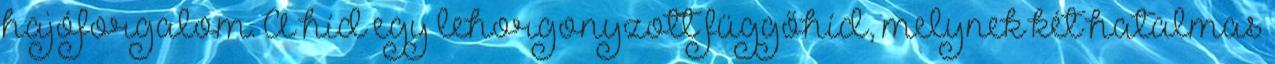
hajóforgalom. A híd egy lehorgonyzott függőhíd, melynek két hatalmas